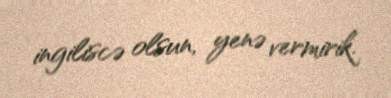
ingiliscə olsun, yenə vermirik.